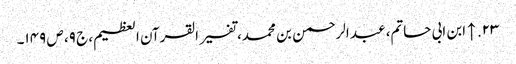
۲۳. ↑ ابن ابی حاتم، عبد الرحمن بن محمد، تفسیر القرآن العظیم، ج ۹، ص ۱۴۹۔